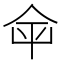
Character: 𡴌